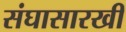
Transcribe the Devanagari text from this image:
संघासारखी